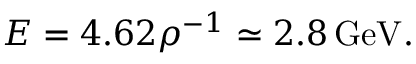
E = 4 . 6 2 \rho ^ { - 1 } \simeq 2 . 8 \, \mathrm { G e V } .